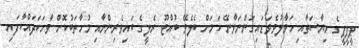
ޕީޕީޕީގެ ރިޔާސަތާއި ހަވާލުވެވަޑައިގަންނަވާނޭ ކަމަށް ބެލެވޭ ބުއްޓޫ ރެލީގެ ބައިވެރިންނާއި މުހާތަބުކޮށް ވާހަކަދައްކާފައި